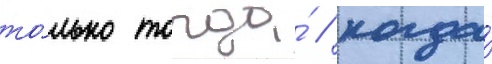
то́лько тогда́ / когда́